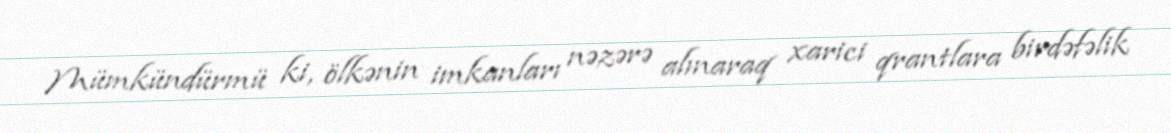
Mümkündürmü ki, ölkənin imkanları nəzərə alınaraq xarici qrantlara birdəfəlik